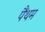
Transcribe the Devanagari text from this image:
पैंथम